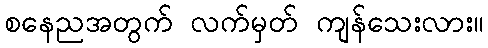
စနေညအတွက် လက်မှတ် ကျန်သေးလား။